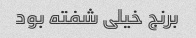
برنج خیلی شفته بود